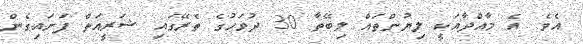
އެވެ. އެ މާއްދާއަކީ ލިޔުންތައް ލިބޭތާ 30 ދުވަހުގެ ތެރޭގައި ޝަރީއަތް ފަށައިގެން